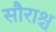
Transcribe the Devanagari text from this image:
सौराश्च